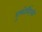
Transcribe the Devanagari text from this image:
युफोर्बिएसी